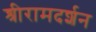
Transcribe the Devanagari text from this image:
श्रीरामदर्शन